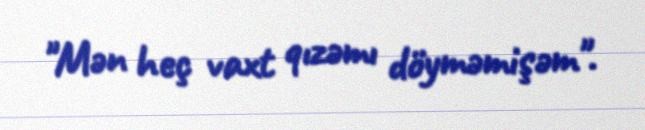
"Mən heç vaxt qızəmı döyməmişəm".